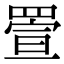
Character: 𦋠